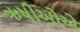
ઋષીઓએ